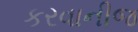
કરવાનીજ